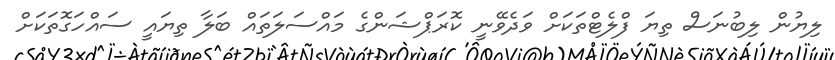
ލިޔުން ލިބުނަސް ތިޔަ ފްލެޓްތަކަށް ވަދެވޭނީ ކޮރަޕްޝަންގެ މައްސަލަތައް ބަލާ ތިޔައީ ސައްހަގޮތަކަށް